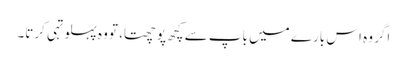
اگر وہ اس بارے میں باپ سے کچھ پوچھتا، تو وہ پہلو تہی کرتا۔